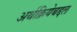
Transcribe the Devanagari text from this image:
अर्थक्रियेबद्दल